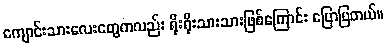
ကျောင်းသားလေးတွေကလည်း ရိုးရိုးသားသားဖြစ်ကြောင်း ပြောပြတယ်။